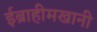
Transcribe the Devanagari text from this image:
ईब्राहीमखानी